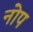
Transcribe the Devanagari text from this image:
नोप